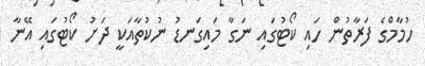
ހުމާމްގެ ފަރާތުން ހައި ކޯޓުގައި ނަގާ މައިގަނޑު ނުކުތާއަކީ ދަށު ކޯޓުގައި އޭނާ